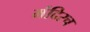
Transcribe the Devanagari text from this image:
मंदिरच